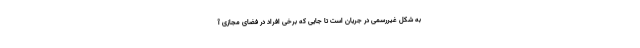
به شکل غیررسمی در جریان است تا جایی که برخی افراد در فضای مجازی آ